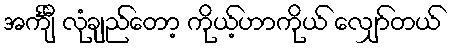
အင်္ကျီ လုံချည်တော့ ကိုယ့်ဟာကိုယ် လျှော်တယ်